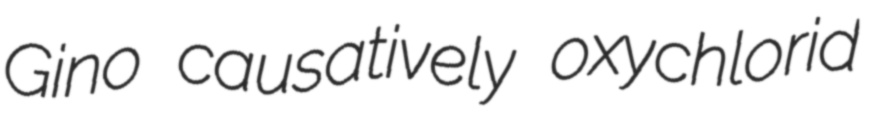
Gino causatively oxychlorid